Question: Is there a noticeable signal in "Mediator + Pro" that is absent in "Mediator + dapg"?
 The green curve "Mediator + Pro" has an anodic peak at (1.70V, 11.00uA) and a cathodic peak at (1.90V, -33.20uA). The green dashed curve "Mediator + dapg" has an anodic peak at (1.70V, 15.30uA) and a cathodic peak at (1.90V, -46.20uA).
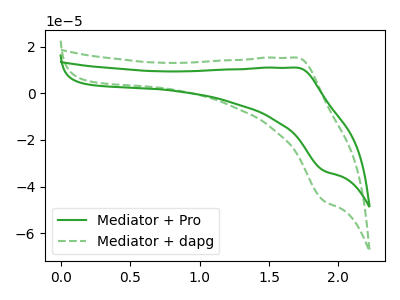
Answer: <think>All the peaks in "Mediator + Pro" have a peak in "Mediator + dapg" at the same potential. Every peak in "Mediator + Pro" is lower than every peak in "Mediator + dapg".
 </think>
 <answer>No, "Mediator + Pro" and "Mediator + dapg" don't appear to be significantly different in shape</answer>
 <eval>no_change</eval>